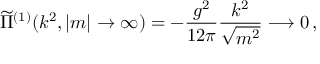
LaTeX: \widetilde { \Pi } ^ { ( 1 ) } ( k ^ { 2 } , | m | \rightarrow \infty ) = - \frac { g ^ { 2 } } { 1 2 \pi } \frac { k ^ { 2 } } { \sqrt { m ^ { 2 } } } \longrightarrow 0 \, ,